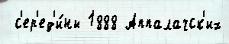
 с'ер'ед'и́ны 1888 Аппалачск'их